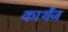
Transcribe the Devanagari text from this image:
कार्थेंज